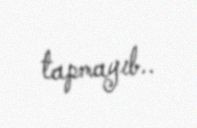
tapmayıb..